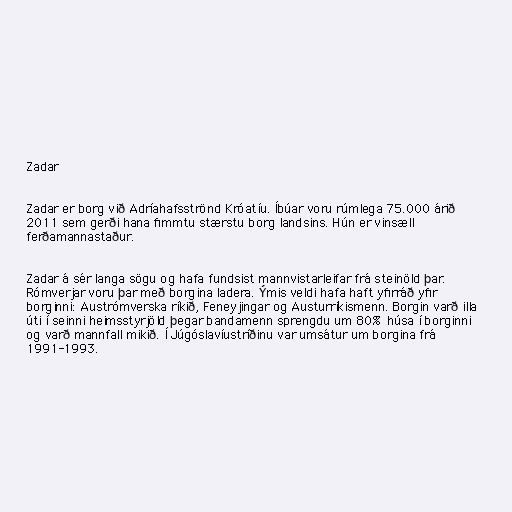
Zadar

Zadar er borg við Adríahafsströnd Króatíu. Íbúar voru rúmlega 75.000 árið
2011 sem gerði hana fimmtu stærstu borg landsins. Hún er vinsæll
ferðamannastaður.

Zadar á sér langa sögu og hafa fundsist mannvistarleifar frá steinöld þar.
Rómverjar voru þar með borgina Iadera. Ýmis veldi hafa haft yfirráð yfir
borginni: Austrómverska ríkið, Feneyjingar og Austurríkismenn. Borgin varð illa
úti í seinni heimsstyrjöld þegar bandamenn sprengdu um 80% húsa í borginni
og varð mannfall mikið. Í Júgóslavíustríðinu var umsátur um borgina frá
1991-1993.